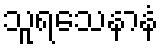
သူရသေနာနံ